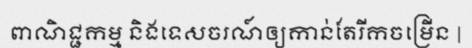
ពាណិជ្ជកម្ម និងទេសចរណ៍ឲ្យកាន់តែរីកចម្រើន |